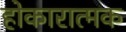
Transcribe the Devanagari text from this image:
होकारात्मक